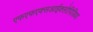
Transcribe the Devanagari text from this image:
एफएफएक्सआईक्लोपिडिया